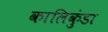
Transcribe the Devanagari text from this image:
कालिकुंडा